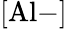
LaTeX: [\mathrm{Al-}]